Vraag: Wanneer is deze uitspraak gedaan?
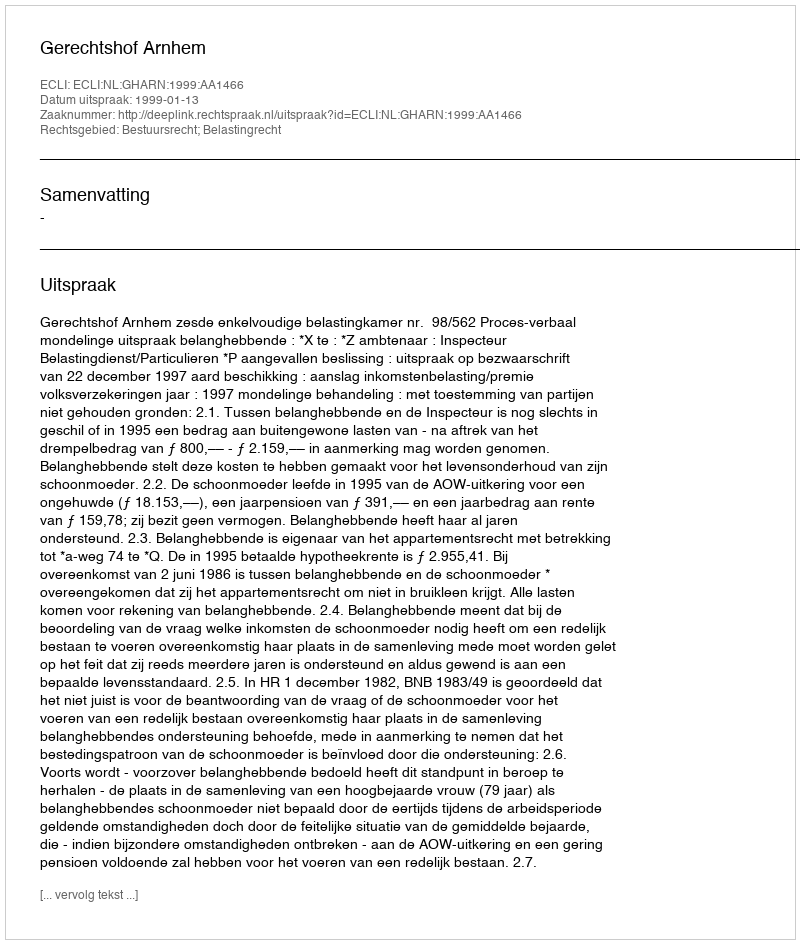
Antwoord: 1999-01-13